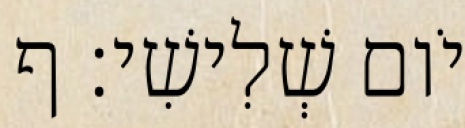
יֹום שְׁלִישִׁי׃ ף